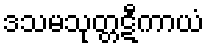
ဒသမသုတ္တဋီကာယံ